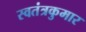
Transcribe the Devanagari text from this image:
स्वतंत्रकुमार